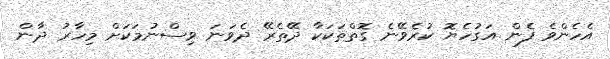
އެހެންވެ ފެން އަގުހެޔޮ ކުރެވޭނެ ގޮތްތަކަކާ ދޭތެރޭ ދެވަނަ ވިސްނުމަކަށް މިހާރު ދާން